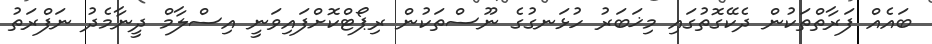
ބައެއް ފަރާތްތަކުން ދެކޭގޮތުގައި މިޚަބަރު ހުޅަނގުގެ ނޫސްތަކުން ރިޕޯޓްކޮށްފައިވަނީ އިސްލާމް ދީނާމެދު ނަފްރަތު